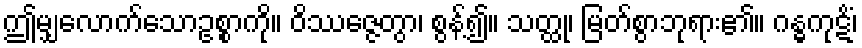
ဤမျှလောက်သောဥစ္စာကို။ ဝိဿဇ္ဇေတွာ၊ စွန့်၍။ သတ္ထု၊ မြတ်စွာဘုရား၏။ ဂန္ဓကုဋိံ၊